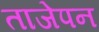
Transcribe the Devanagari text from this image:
ताजेपन